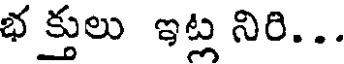
భ క్తులు ఇట్ల నిరి...